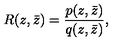
R ( z , \bar { z } ) = \frac { p ( z , \bar { z } ) } { q ( z , \bar { z } ) } ,